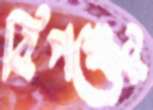
বিপক্ষের